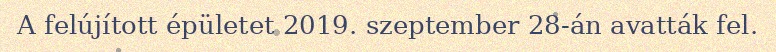
A felújított épületet 2019. szeptember 28-án avatták fel.